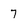
Character: 7